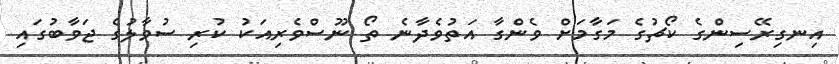
އިނގިރޭސިންގެ ކޯޗުގެ މަގާމަށް ވެންގާ އަތުވެދާނެ ތޯ ނޫސްވެރިއަކު ކުރި ސުވާލުގެ ޖަވާބުގައި